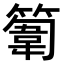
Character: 𥲾